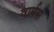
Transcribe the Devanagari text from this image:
वार्मस